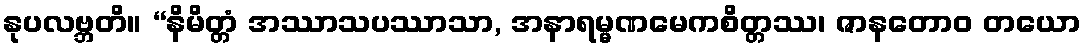
နုပလဗ္ဘတိ။ “နိမိတ္တံ အဿာသပဿာသာ, အနာရမ္မဏမေကစိတ္တဿ၊ ဇာနတောဝ တယော